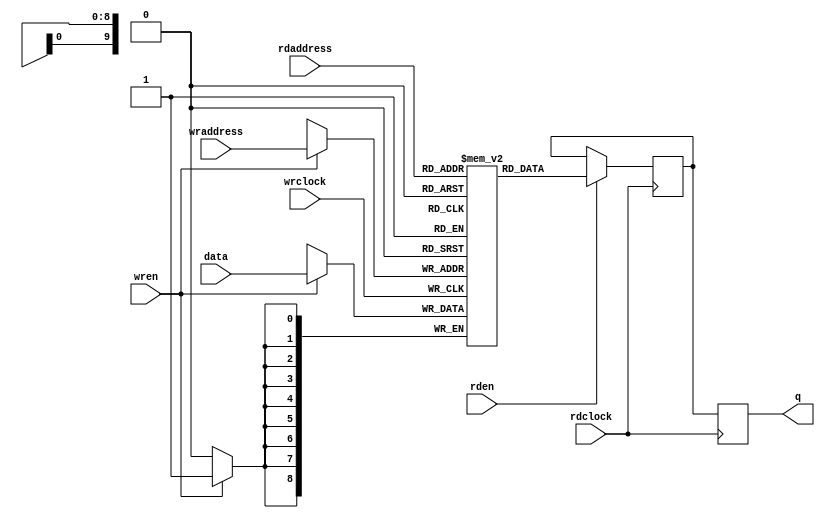
// Copyright 2008-2019 Frederic Requin
//
// This file is part of the 1943 FPGA core
//
// The 1943 FPGA core is free software; you can redistribute it and/or modify
// it under the terms of the GNU General Public License as published by
// the Free Software Foundation; either version 3 of the License, or
// (at your option) any later version.
//
// The 1943 FPGA core is distributed in the hope that it will be useful,
// but WITHOUT ANY WARRANTY; without even the implied warranty of
// MERCHANTABILITY or FITNESS FOR A PARTICULAR PURPOSE.  See the
// GNU General Public License for more details.
//
// You should have received a copy of the GNU General Public License
// along with this program.  If not, see <http://www.gnu.org/licenses/>.

module mem_dc_1024x9to9r
(
    // Write port (1024 x 9-bit)
    input          wrclock,
    input          wren,
    input    [9:0] wraddress,
    input    [8:0] data,
    // Read port (1024 x 9-bit)
    input          rdclock,
    input          rden,
    input    [9:0] rdaddress,
    output   [8:0] q
);
    parameter [255:0] INIT_FILE = "NONE";
    
    // ========================================================

    // Registered output B
    reg  [8:0] r_q_p0;
    reg  [8:0] r_q_p1;
    
    // 1 x 1024 x 9 bit memory block
    reg  [8:0] r_mem_blk [0:1023];
    
    integer i;

    // ========================================================
    
    initial
    begin
        if (INIT_FILE == "NONE") begin
            for (i = 0; i < 1024; i = i + 1) begin
                r_mem_blk[i] = 9'h000;
            end
        end
        else begin
            $readmemh(INIT_FILE, r_mem_blk);
        end
    end
    
    // ========================================================
    
    // Write port
    always @(posedge wrclock) begin : WR_PORT
        if (wren) begin
            r_mem_blk[wraddress] <= data;
        end
    end
    
    // ========================================================
    
    // Read port
    always @(posedge rdclock) begin : RD_PORT
        if (rden) begin
            r_q_p0 <= r_mem_blk[rdaddress];
        end
        r_q_p1 <= r_q_p0;
    end
    
    assign q = r_q_p1;
    
    // ========================================================
    
endmodule